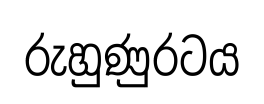
රුහුණුරටය